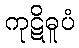
ကုဋိဓူပံ